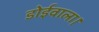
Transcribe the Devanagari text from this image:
डोईवाला।